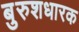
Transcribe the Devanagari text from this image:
बुरुशधारक